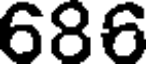
686